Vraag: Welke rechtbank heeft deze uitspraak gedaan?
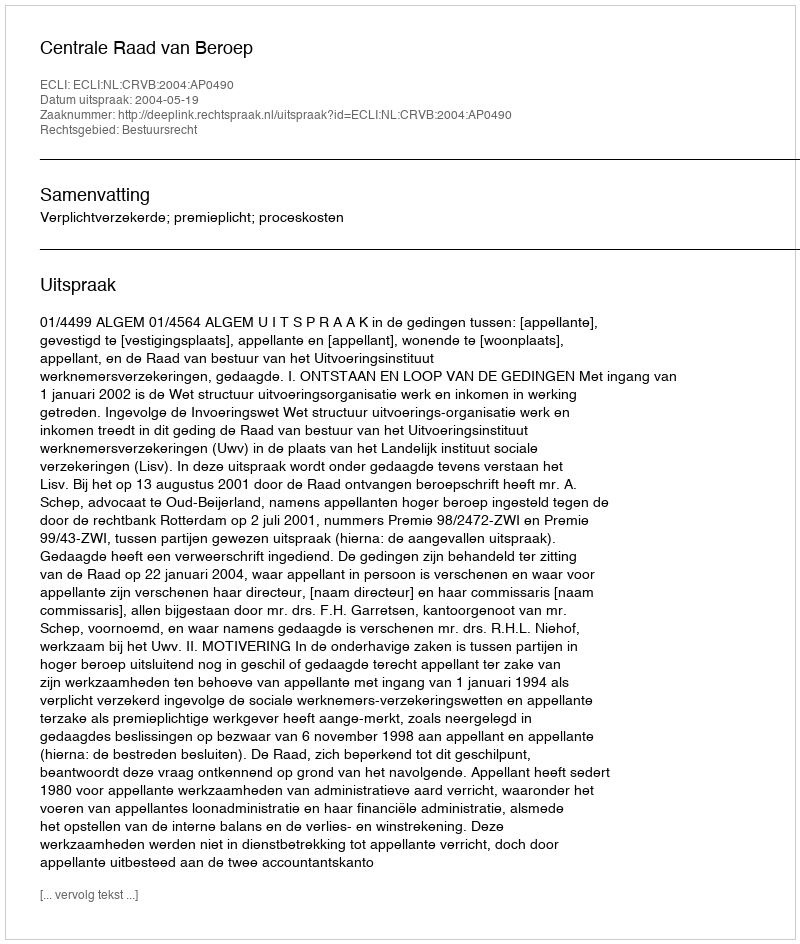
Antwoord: Centrale Raad van Beroep